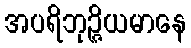
အပရိဘုဉ္ဇိယမာနေ